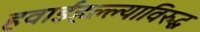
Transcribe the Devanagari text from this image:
हवाईहल्ल्याविरुद्ध